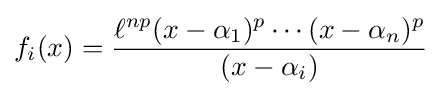
f_{i}(x)={\frac {\ell ^{np}(x-\alpha _{1})^{p}\cdots (x-\alpha _{n})^{p}}{(x-\alpha _{i})}}